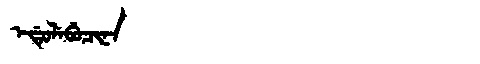
Manchu: ᡝᡩᡠᠯᡝᠪᡠᠴᡳᠨᠠ
Romanization: EDULEBUCINA